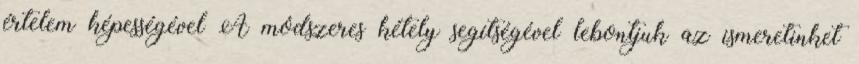
értelem képességével A módszeres kétely segítségével lebontjuk az ismeretinket